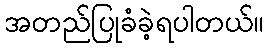
အတည်ပြုခံခဲ့ရပါတယ်။